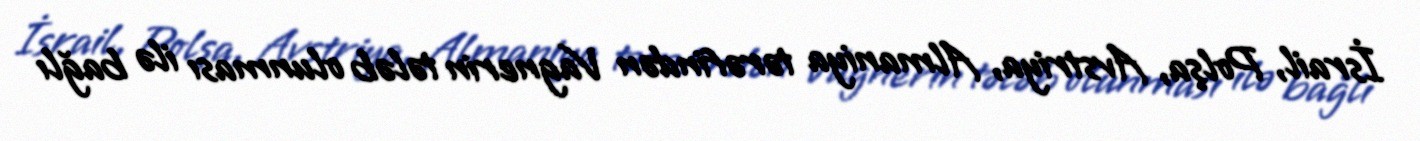
İsrail, Polşa, Avstriya, Almaniya tərəfindən Vagnerin tələb olunması ilə bağlı